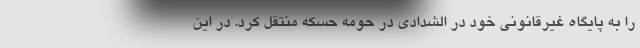
را به پایگاه غیرقانونی خود در الشدادی در حومه حسکه منتقل کرد. در این